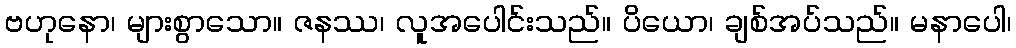
ဗဟုနော၊ များစွာသော။ ဇနဿ၊ လူအပေါင်းသည်။ ပိယော၊ ချစ်အပ်သည်။ မနာပေါ၊